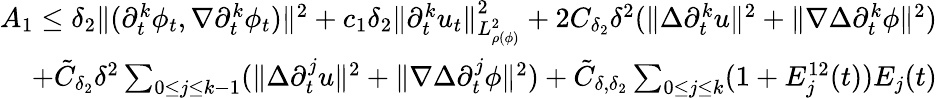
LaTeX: \begin{array}{r}{A_{1}\leq\delta_{2}\| (\partial_{t}^{k}\phi_{t},\nabla\partial_{t}^{k}\phi_{t})\| ^{2}+c_{1}\delta_{2}\| \partial_{t}^{k}u_{t}\| _{L_{\rho(\phi)}^{2}}^{2}+2C_{\delta_{2}}\delta^{2}(\| \Delta\partial_{t}^{k}u\| ^{2}+\| \nabla\Delta\partial_{t}^{k}\phi\| ^{2})}\\ {+\tilde{C}_{\delta_{2}}\delta^{2}\sum_{0\leq j\leq k-1}(\| \Delta\partial_{t}^{j}u\| ^{2}+\| \nabla\Delta\partial_{t}^{j}\phi\| ^{2})+\tilde{C}_{\delta,\delta_{2}}\sum_{0\leq j\leq k}(1+E_{j}^{12}(t))E_{j}(t)}\end{array}